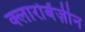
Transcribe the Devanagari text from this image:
क्लारोबेंज़ीन